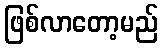
ဖြစ်လာတော့မည်